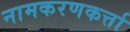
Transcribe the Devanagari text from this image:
नामकरणकर्त्ता